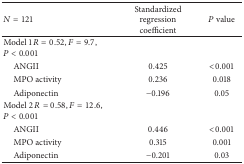
<table><thead><tr><td><b><i>N</i> = 121</b></td><td><b>Standardized regressioncoefficient</b></td><td><b><i>P</i> value</b></td></tr></thead><tbody><tr><td>Model 1 <i>R</i> = 0.52, <i>F</i> = 9.7, P &lt; 0.001</td><td> </td><td> </td></tr><tr><td> ANGII</td><td>0.425</td><td>&lt;0.001</td></tr><tr><td> MPO activity</td><td>0.236</td><td>0.018</td></tr><tr><td> Adiponectin</td><td>−0.196</td><td>0.05</td></tr><tr><td>Model 2 <i>R</i> = 0.58, <i>F</i> = 12.6, <i>P</i> &lt; 0.001</td><td> </td><td> </td></tr><tr><td> ANGII</td><td>0.446</td><td>&lt;0.001</td></tr><tr><td> MPO activity</td><td>0.315</td><td>0.001</td></tr><tr><td> Adiponectin</td><td>−0.201</td><td>0.03</td></tr></tbody></table>